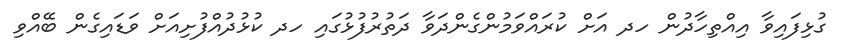
ގުޅިފައިވާ އިއްތިހާދުން ހދ އަށް ކުރައްވަމުންގެންދަވާ ދަތުރުފުޅުގައި ހދ ކުޅުދުއްފުށިއަށް ވަޑައިގެން ބޭއްވި